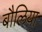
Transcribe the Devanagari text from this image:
बौलिया